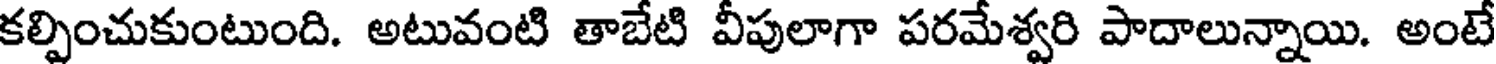
కల్పించుకుంటుంది. అటువంటి తాబేటి వీపులాగా పరమేశ్వరి పాదాలున్నాయి. అంటే